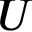
U